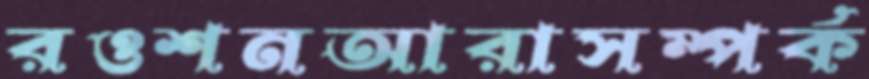
রওশনআরাসম্পর্ক